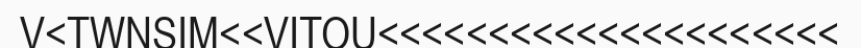
V<TWNSIM<<VITOU<<<<<<<<<<<<<<<<<<<<<